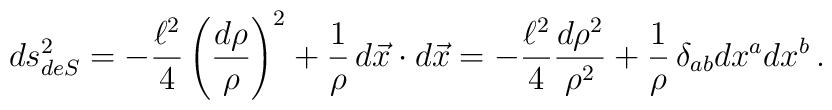
ds^2_{deS} = -{\ell^2\over 4} \left({d\rho\over \rho}\right)^2 +{1\over \rho }\, d\vec x\cdot d\vec x = -{\ell^2\over 4} {d\rho^2\over \rho^2} + {1\over \rho}\,\delta_{ab} dx^a dx^b\,.